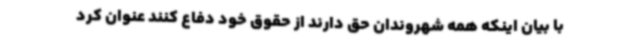
با بیان اینکه همه شهروندان حق دارند از حقوق خود دفاع کنند عنوان کرد